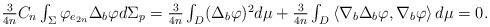
\begin{align*}\begin{array}{c}\frac{3}{4n}C_{n}\int_{\Sigma }\varphi _{e_{2n}}\Delta _{b}\varphi d\Sigma_{p}=\frac{3}{4n}\int_{D}(\Delta _{b}\varphi )^{2}d\mu +\frac{3}{4n}\int_{D}\left \langle \nabla _{b}\Delta _{b}\varphi ,\nabla _{b}\varphi\right \rangle d\mu =0.\end{array}\end{align*}